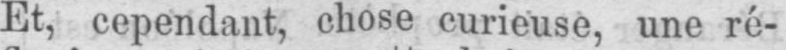
Et, cependant, chose curieuse, une ré-